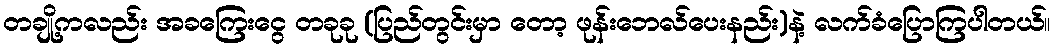
တချို့ကလည်း အခကြေးငွေ တခုခု (ပြည်တွင်းမှာ တော့ ဖုန်းဘေလ်ပေးနည်း)နဲ့ လက်ခံပြောကြပါတယ်။